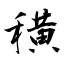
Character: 穔